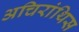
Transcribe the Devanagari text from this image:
अचिरांथिस